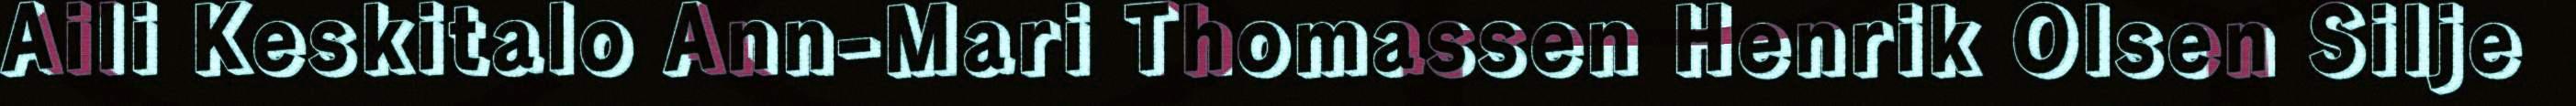
Aili Keskitalo Ann-Mari Thomassen Henrik Olsen Silje